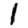
Digit: 1